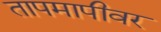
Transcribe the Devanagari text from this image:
तापमापीवर